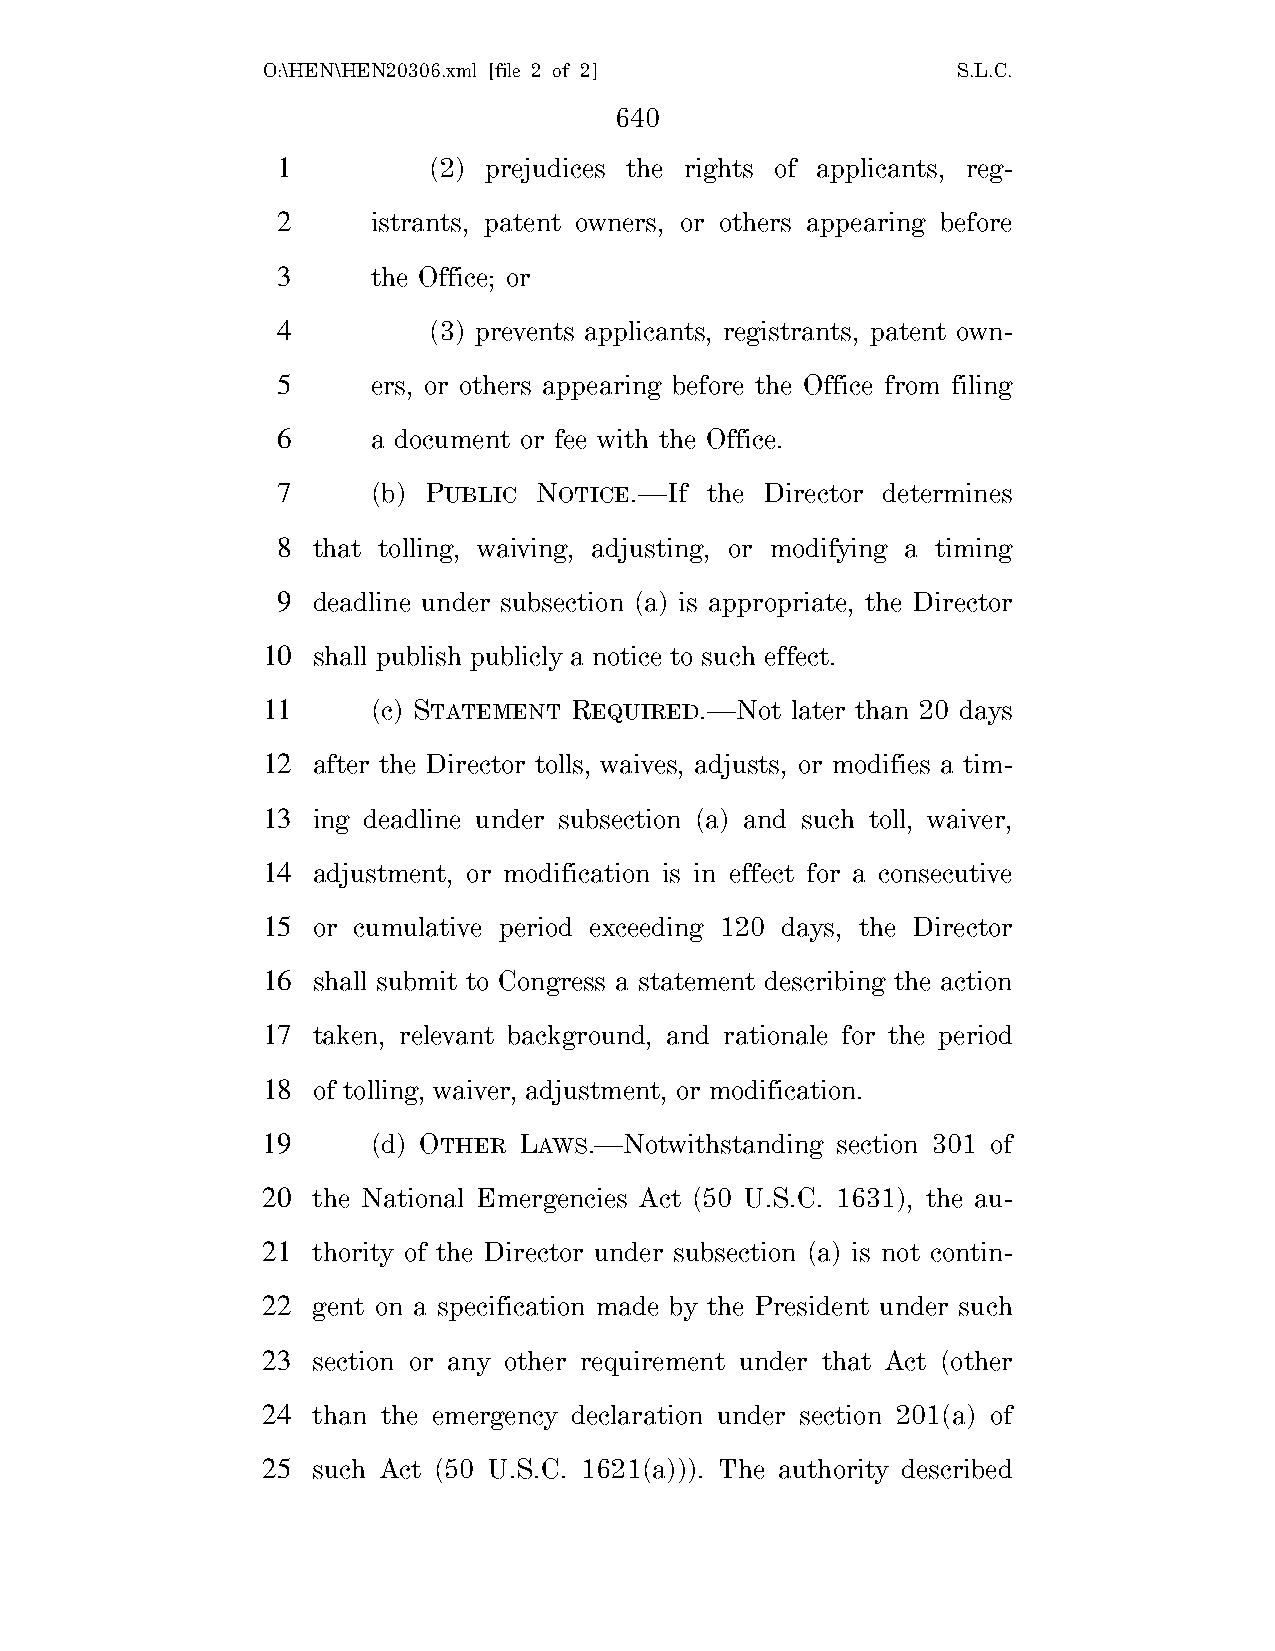
O:\HEN\HEN20306.xml [file 2 of 2]             S.L.C.
 640
 1         (2) prejudices the rights of applicants, reg-
 2      istrants, patent owners, or others appearing before
 3      the Office; or
 4         (3) prevents applicants, registrants, patent own-
 5      ers, or others appearing before the Office from filing
 6      a document or fee with the Office.
 7      (b) PUBLIC NOTICE.—If the Director determines
 8  that tolling, waiving, adjusting, or modifying a timing
 9  deadline under subsection (a) is appropriate, the Director
 10  shall publish publicly a notice to such effect.
 11      (c) STATEMENT REQUIRED.—Not later than 20 days
 12  after the Director tolls, waives, adjusts, or modifies a tim-
 13  ing deadline under subsection (a) and such toll, waiver,
 14  adjustment, or modification is in effect for a consecutive
 15  or cumulative period exceeding 120 days, the Director
 16  shall submit to Congress a statement describing the action
 17  taken, relevant background, and rationale for the period
 18  of tolling, waiver, adjustment, or modification.
 19      (d) OTHER LAWS.—Notwithstanding section 301 of
 20  the National Emergencies Act (50 U.S.C. 1631), the au-
 21  thority of the Director under subsection (a) is not contin-
 22  gent on a specification made by the President under such
 23  section or any other requirement under that Act (other
 24  than the emergency declaration under section 201(a) of
 25  such Act (50 U.S.C. 1621(a))). The authority described